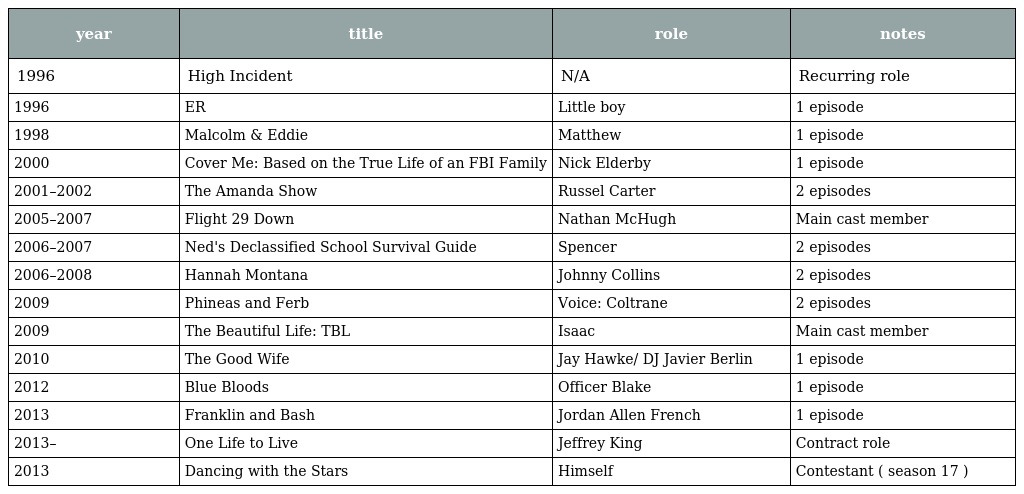
| year | title | role | notes |
 | --- | --- | --- | --- |
 | 1996 | High Incident | N/A | Recurring role |
 | 1996 | ER | Little boy | 1 episode |
 | 1998 | Malcolm & Eddie | Matthew | 1 episode |
 | 2000 | Cover Me: Based on the True Life of an FBI Family | Nick Elderby | 1 episode |
 | 2001–2002 | The Amanda Show | Russel Carter | 2 episodes |
 | 2005–2007 | Flight 29 Down | Nathan McHugh | Main cast member |
 | 2006–2007 | Ned's Declassified School Survival Guide | Spencer | 2 episodes |
 | 2006–2008 | Hannah Montana | Johnny Collins | 2 episodes |
 | 2009 | Phineas and Ferb | Voice: Coltrane | 2 episodes |
 | 2009 | The Beautiful Life: TBL | Isaac | Main cast member |
 | 2010 | The Good Wife | Jay Hawke/ DJ Javier Berlin | 1 episode |
 | 2012 | Blue Bloods | Officer Blake | 1 episode |
 | 2013 | Franklin and Bash | Jordan Allen French | 1 episode |
 | 2013– | One Life to Live | Jeffrey King | Contract role |
 | 2013 | Dancing with the Stars | Himself | Contestant ( season 17 ) |